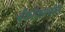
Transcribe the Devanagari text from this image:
बँकॉकमधील